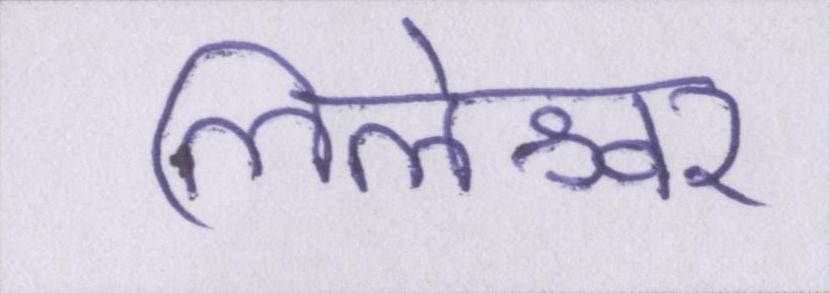
लिलेश्वर